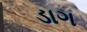
ડાગ